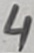
Text: 4